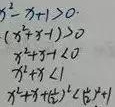
\[\begin{cases}
x^{2}-x + 1>0 \\
(x^{2}-x + 1)(x^{2}+x + 1)<0 \\
x^{2}+x + 1<0 \\
x^{2}+x + 1<x^{2}-x + 1
\end{cases}\]